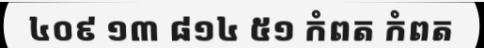
៤០៩ ១៣ ៨១៤ ៥១ កំពត កំពត